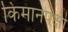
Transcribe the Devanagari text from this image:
किमानपक्षी